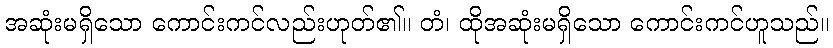
အဆုံးမရှိသော ကောင်းကင်လည်းဟုတ်၏။ တံ၊ ထိုအဆုံးမရှိသော ကောင်းကင်ဟူသည်။